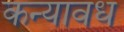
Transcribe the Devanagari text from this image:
कन्यावध